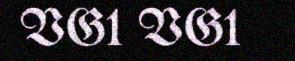
VG1 VG1